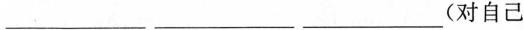
___ ___ ___ (对自己